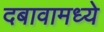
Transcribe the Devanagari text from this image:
दबावामध्ये